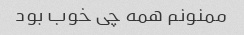
ممنونم همه چی خوب بود